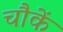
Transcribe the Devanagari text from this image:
चौकें